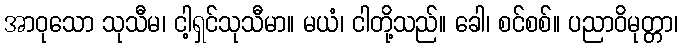
အာဝုသော သုသီမ၊ ငါ့ရှင်သုသီမာ။ မယံ၊ ငါတို့သည်။ ခေါ၊ စင်စစ်။ ပညာဝိမုတ္တာ၊